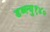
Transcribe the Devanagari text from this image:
डब्ल्यु१४०